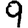
Digit: 9